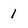
Character: I